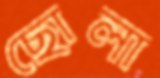
ছোলা